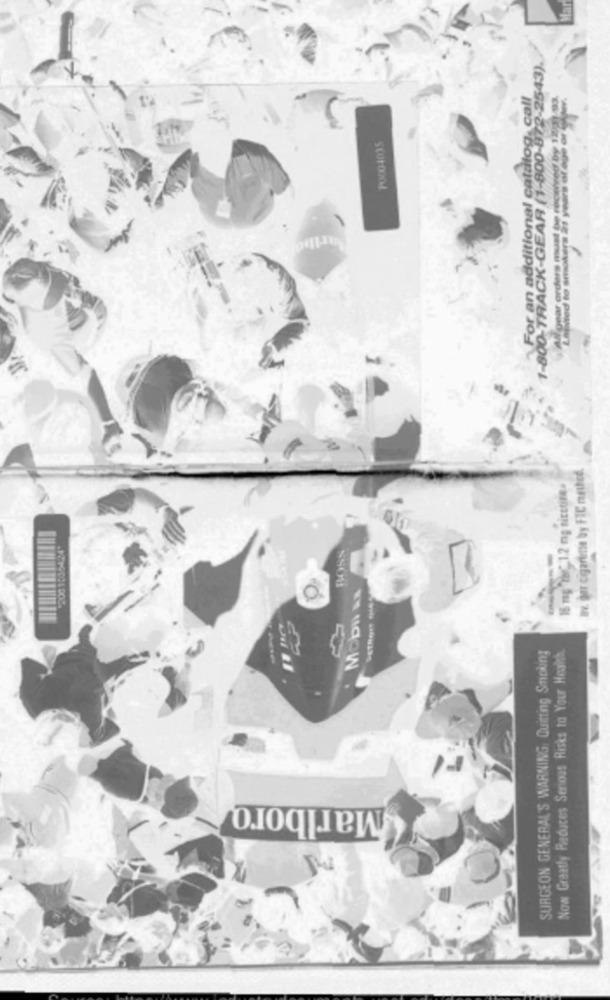
1-800-TRACK-GEAR (1-800-872-2543).
For an additional catalog, call
PO004035
Rovar orders must Sp
Bv. ger cigarene by FIC netted.
15 mg TblC, 1.2 mg nicctiFe.
BOSS
O
Mobil &x
Now Greatly Reduces Serious Risks to Your Health.
SURGEON GENERAL'S WARNING. Quitting Smoking
E
Marlboro